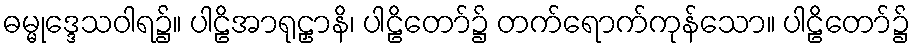
ဓမ္မုဒ္ဒေသဝါရ၌။ ပါဠိအာရုဠှာနိ၊ ပါဠိတော်၌ တက်ရောက်ကုန်သော။ ပါဠိတော်၌